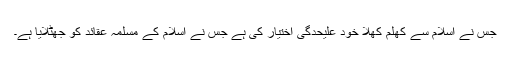
جس نے اسلام سے کھلم کھلا خود علیحدگی اختیار کی ہے جس نے اسلام کے مسلمہ عقائد کو جھٹلایا ہے۔